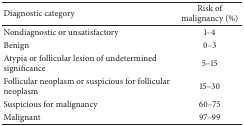
| Diagnostic category | Risk of malignancy (%) |
 | --- | --- |
 | Nondiagnostic or unsatisfactory | 1–4 |
 | Benign | 0–3 |
 | Atypia or follicular lesion of undetermined significance | 5–15 |
 | Follicular neoplasm or suspicious for follicular neoplasm | 15–30 |
 | Suspicious for malignancy | 60–75 |
 | Malignant | 97–99 |